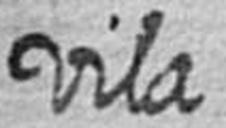
vila